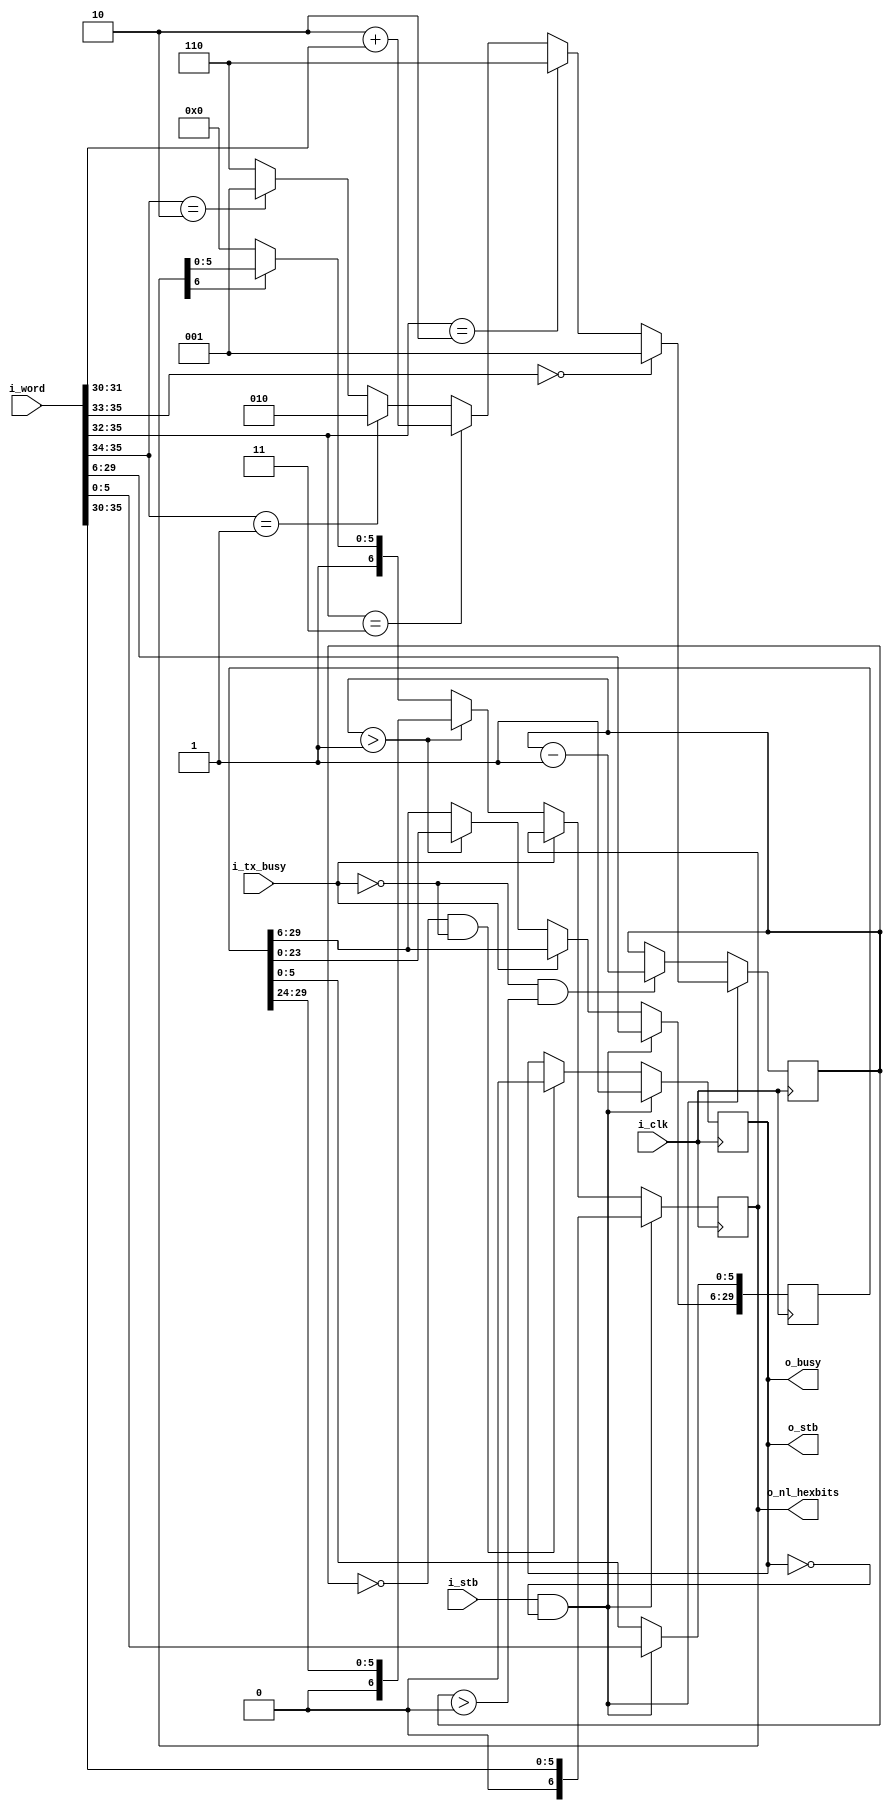
////////////////////////////////////////////////////////////////////////////////
//
//
// Project:	ZipVersa, Versa Brd implementation using ZipCPU infrastructure
//
// Purpose:	Once a word has come from the bus, undergone compression, had
//		idle cycles and interrupts placed in it, this routine converts
//	that word form a 36-bit single word into a series of 6-bit words
//	that can head to the output routine.  Hence, it 'deword's the value:
//	unencoding the 36-bit word encoding.
//
//
// Creator:	Dan Gisselquist, Ph.D.
//		Gisselquist Technology, LLC
//
////////////////////////////////////////////////////////////////////////////////
//
// Copyright (C) 2019, Gisselquist Technology, LLC
//
// This program is free software (firmware): you can redistribute it and/or
// modify it under the terms of  the GNU General Public License as published
// by the Free Software Foundation, either version 3 of the License, or (at
// your option) any later version.
//
// This program is distributed in the hope that it will be useful, but WITHOUT
// ANY WARRANTY; without even the implied warranty of MERCHANTIBILITY or
// FITNESS FOR A PARTICULAR PURPOSE.  See the GNU General Public License
// for more details.
//
// You should have received a copy of the GNU General Public License along
// with this program.  (It's in the $(ROOT)/doc directory.  Run make with no
// target there if the PDF file isn't present.)  If not, see
// <http://www.gnu.org/licenses/> for a copy.
//
// License:	GPL, v3, as defined and found on www.gnu.org,
//		http://www.gnu.org/licenses/gpl.html
//
//
////////////////////////////////////////////////////////////////////////////////
//
//
`default_nettype none
//
module	wbudeword(i_clk, i_stb, i_word, i_tx_busy, o_stb, o_nl_hexbits, o_busy);
	input	wire		i_clk, i_stb;
	input	wire	[35:0]	i_word;
	input	wire		i_tx_busy;
	output	reg		o_stb;
	output	reg	[6:0]	o_nl_hexbits;
	output	reg		o_busy;


	wire	[2:0]	w_len;
	assign w_len = (i_word[35:33]==3'b000)? 3'b001
			: (i_word[35:32]==4'h2)? 3'b110
			: (i_word[35:32]==4'h3)? (3'b010+{1'b0,i_word[31:30]})
			: (i_word[35:34]==2'b01)? 3'b010
			: (i_word[35:34]==2'b10)? 3'b001
			:  3'b110;

	reg	[2:0]	r_len;
	reg	[29:0]	r_word;
	initial o_stb  = 1'b0;
	initial o_busy = 1'b0;
	initial	o_nl_hexbits = 7'h40;
	initial	r_len = 0;
	always @(posedge i_clk)
	if ((i_stb)&&(!o_busy)) // Only accept when not busy
	begin
		r_word <= i_word[29:0];
		o_nl_hexbits <= { 1'b0, i_word[35:30] }; // No newline ... yet
	end else if (!i_tx_busy)
	begin
		if (r_len > 1)
		begin
			o_nl_hexbits <= { 1'b0, r_word[29:24] };
			r_word[29:6] <= r_word[23:0];
		end else if (!o_nl_hexbits[6])
		begin
			// Place a 7'h40 between every pair of words
			o_nl_hexbits <= 7'h40;
		end
	end

	initial	o_stb = 1'b0;
	always @(posedge i_clk)
	if (i_stb && !o_busy)
		o_stb <= 1'b1;
	else if (r_len == 0 && !i_tx_busy)
		o_stb <= 1'b0;

	initial	r_len = 0;
	always @(posedge i_clk)
	if (i_stb && !o_busy)
		r_len <= w_len;
	else if (!i_tx_busy && (r_len > 0))
		r_len <= r_len - 1;

	always @(*)
		o_busy = o_stb;

`ifdef	FORMAL
// Formal properties for this module are maintained elsewhere
`endif
endmodule